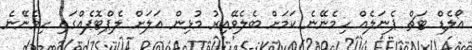
އޯލެޑް ޓަޗް ޕެނަލެއް ހިމެނޭނެ ކަމަށް ބެލެވޭއިރު މުޅިން އަލަށް ލެޕްޓޮޕެއްގައި ހިމެނޭނެ